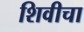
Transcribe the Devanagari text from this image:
शिवीचा